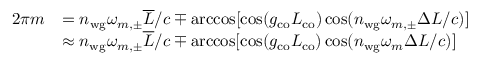
\begin{array} { r l } { 2 \pi m } & { = n _ { \mathrm { w g } } \omega _ { m , \pm } \overline { { L } } / c \mp \operatorname { a r c c o s } [ \cos ( g _ { \mathrm { c o } } L _ { \mathrm { c o } } ) \cos ( n _ { \mathrm { w g } } \omega _ { m , \pm } \Delta L / c ) ] } \\ & { \approx n _ { \mathrm { w g } } \omega _ { m , \pm } \overline { { L } } / c \mp \operatorname { a r c c o s } [ \cos ( g _ { \mathrm { c o } } L _ { \mathrm { c o } } ) \cos ( n _ { \mathrm { w g } } \omega _ { m } \Delta L / c ) ] } \end{array}